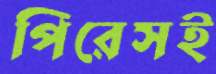
পিরেসই